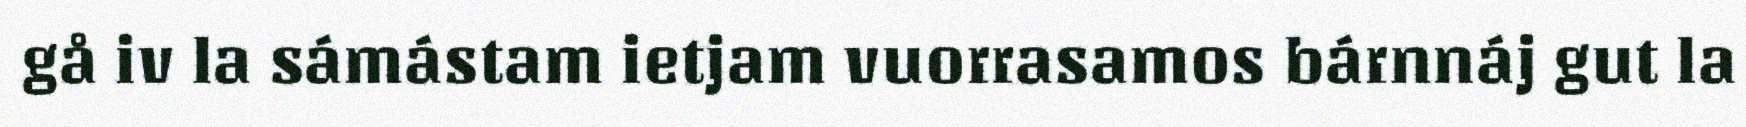
gå iv la sámástam ietjam vuorrasamos bárnnáj gut la